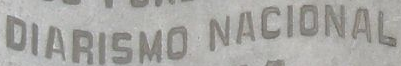
DIARISMO NACIONAL